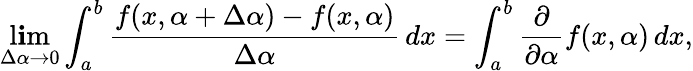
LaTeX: \operatorname*{l\mathbf{i}m}_{\Delta\alpha\to0}\int_{a}^{b}{\frac{{f(x,\alpha+\Delta\alpha)-f(x,\alpha)}}{{\Delta\alpha}}}\, dx=\int_{a}^{b}{\frac{{\partial}}{{\partial\alpha}}}f(x,\alpha)\, dx,